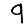
Digit: 9